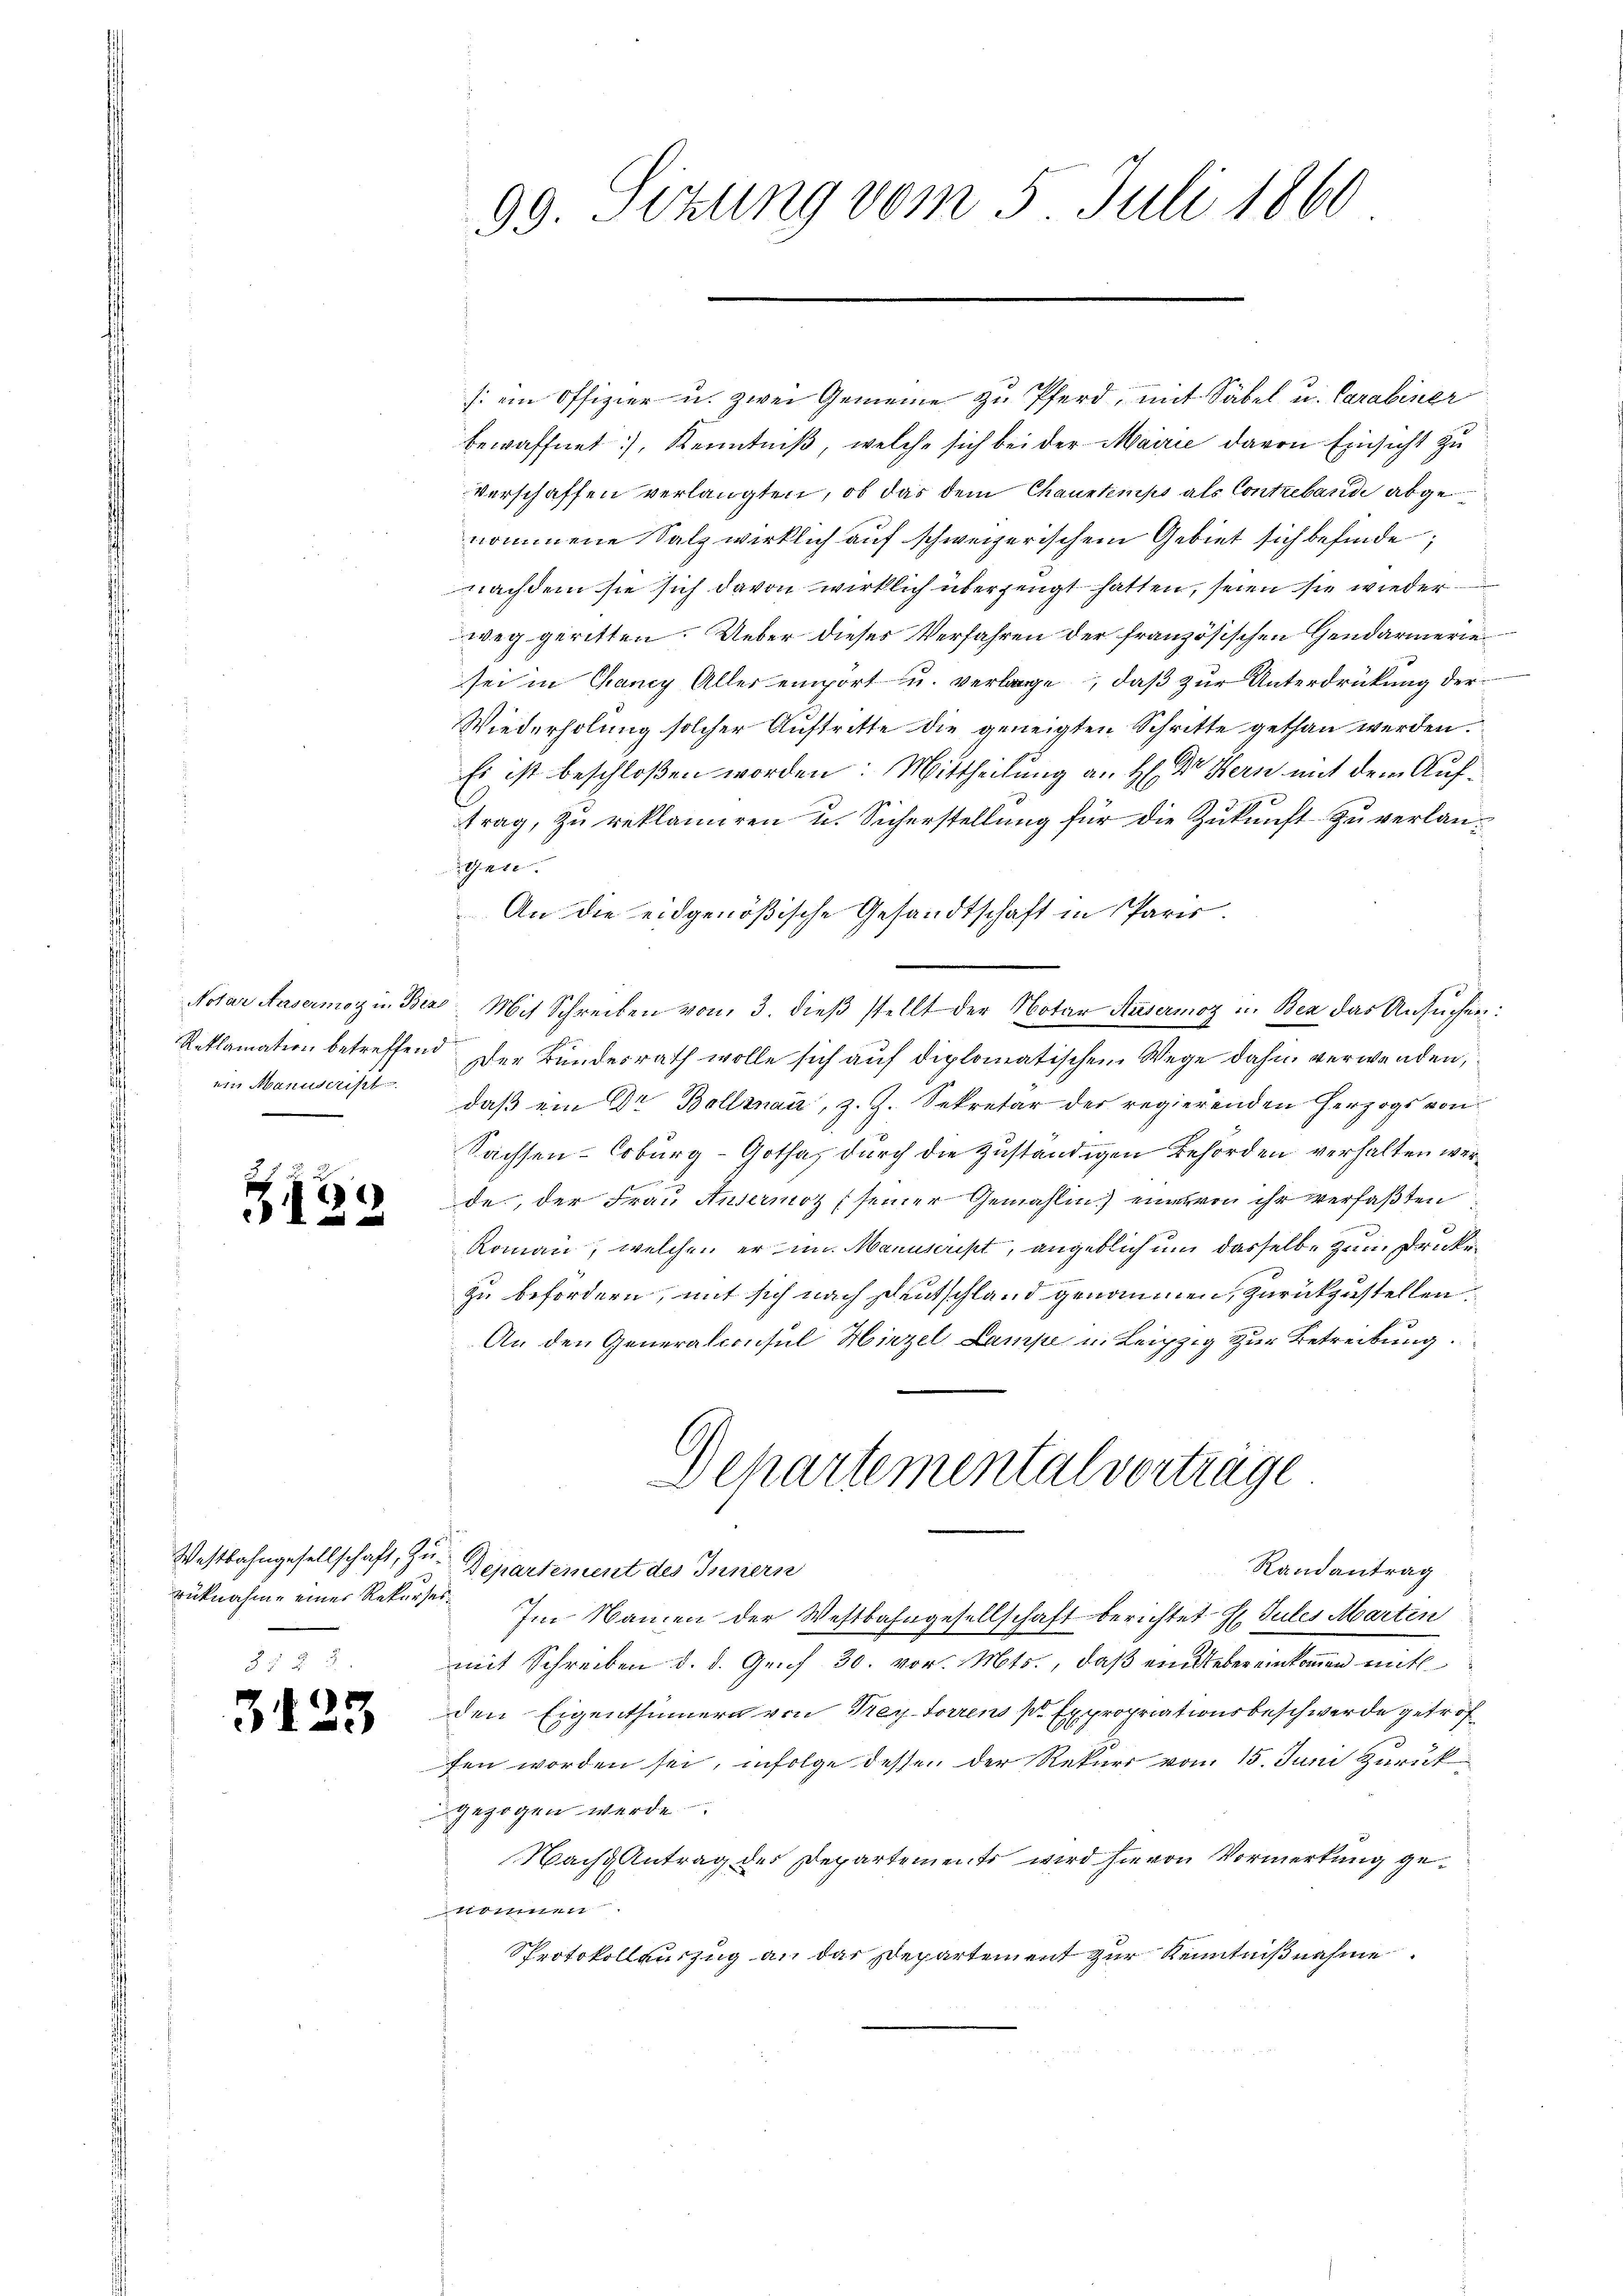
Notar Ansermor in Bez
Reklamation betreffend
 ein Manuscript

343

u

x

2)

Westbahngesellschaft, Zurüknahme einer Rekurses¬

s

99. Sekung vom 5. Juli 1860

sein Offizier u. zwei Gemeine zu Pferd, mit Säbel u. Carabiner
bewaffnet, Kenntniß, welche sich bei der Marie davon Einsicht zu
Verschaffen verlangten, ob das dem Chaustemps als Contreband abgenommene Salz wirklich auf schweizerischem Gebiet sich befinde,
nachdem sie sich davon wirklich überzeugt hatten, seien sie wieder
weg geritten. Ueber dieses Verfahren der französischen Gendarmeriesei in Chancy Aller emport u. verlange, daß zur Unterdrückung der¬
Wiederholung solcher Auftritte die geneigten Schritte gethan werden.
Es ist beschloßen worden: Mittheilung an H: Dr. Hern mit dem Auftrag, zu reklamiren u. Sicherstellung für die Zukunft zu verlan¬
G. 410
An die eidgenößische Gesandtschaft in Paris.
 Mit Schreiben von 3. dieß stellt der Notar Ausermoz u. Bez das Ansuchen
Der Bundesrath wolle sich auf diplomatischen Wege dahin verwenden,
daß ein Dr Bollznau, z. Z. Sekretär der regierenden Herzogs von
Sachsen-Coburg-Gotha, durch die Zuständigen Behörden verhalten werde., der Frau Ansermoz seiner Gemahlin) eine von ihr verfaßten
Roman, welchen er im Manuscript, angeblich um dasselbe zum Druckezu befordern, mit sich nach Deutschland genommen, zurückzustellen.
An den Generalconsul Hirzel Lampe u. Leipzig zur Betreibung.
Departementalverträge
Randantrag
Departement des Innern
Im Namen der Westbahngesellschaft berichtet Hr. Jules Marten
mit Schreiben d. d. Genf 30. vor. Mts., daß ein Uebereinkommen mit
den Eigenthümern von Frey Forrens pr. Expropriationsbeschwerde getrof
fen worden sei, infolge dessen der Rekurs vom 15. Juni zurück
gezogen werde
Nach Antrag des Departements wird hievon Vormerkung genommen.
Sprotokollauszug an das Departement zur Kenntnißnahme
d Jose